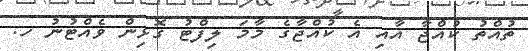
ތުއްތު ކުއްޖާ އާއި އެ ކުއްޖާގެ މާމަ ލިފްޓު ގޮޅިން ވެއްޓުނު ހ.